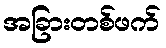
အခြားတစ်ဖက်